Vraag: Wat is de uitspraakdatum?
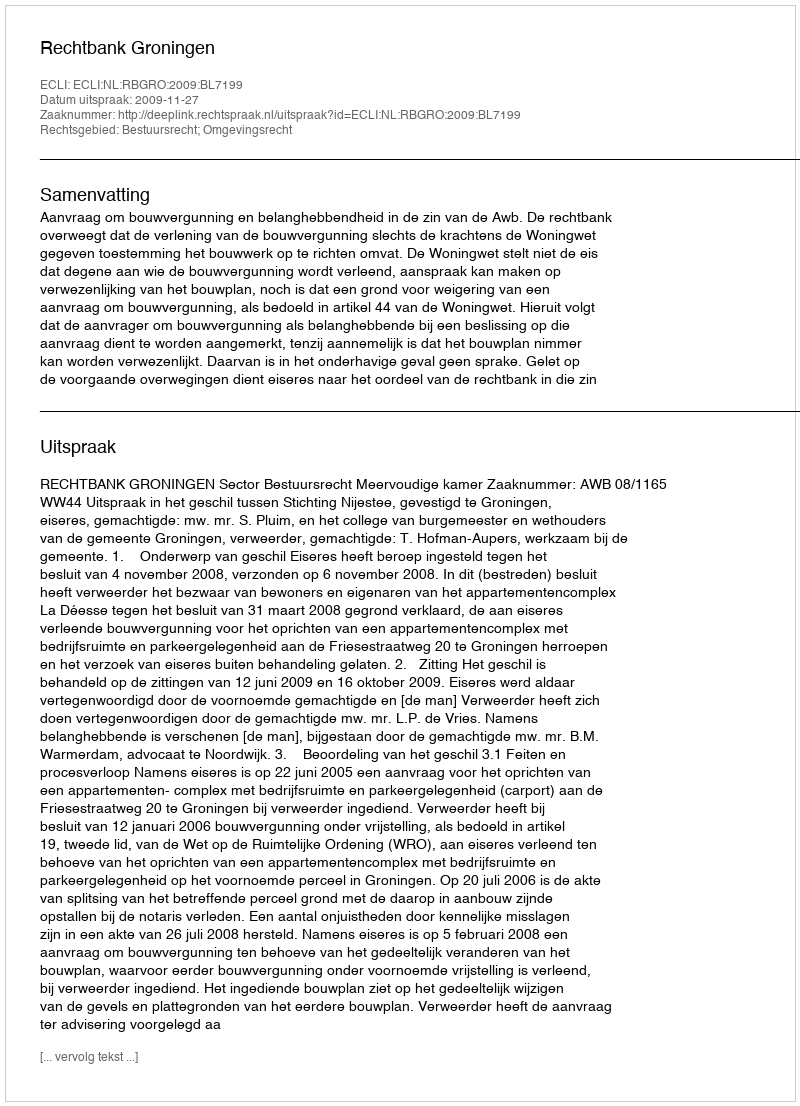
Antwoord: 2009-11-27